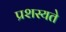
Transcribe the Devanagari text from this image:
प्रशस्यते